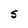
Character: S